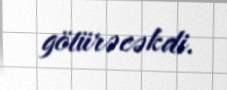
götürəcəkdi.